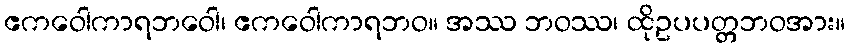
ဧကဝေါကာရဘဝေါ၊ ဧကဝေါကာရဘဝ။ အဿ ဘဝဿ၊ ထိုဥပပတ္တဘဝအား။